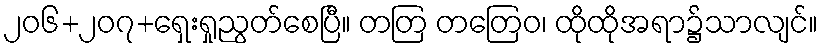
၂၀၆+၂၀၇+ရှေးရှုညွတ်စေပြီ။ တတြ တတြေဝ၊ ထိုထိုအရာ၌သာလျင်။